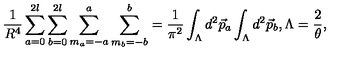
\frac { 1 } { R ^ { 4 } } \sum _ { a = 0 } ^ { 2 l } \sum _ { b = 0 } ^ { 2 l } \sum _ { m _ { a } = - a } ^ { a } \sum _ { m _ { b } = - b } ^ { b } = \frac { 1 } { { \pi } ^ { 2 } } \int _ { \Lambda } d ^ { 2 } \vec { p } _ { a } \int _ { \Lambda } d ^ { 2 } \vec { p } _ { b } , { \Lambda } = \frac { 2 } { \theta } ,